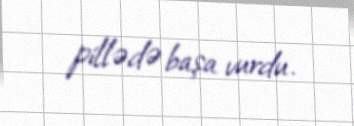
pillədə başa vurdu.